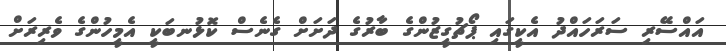
އައްސޭރި ސަރަހައްދު އެކީގައި ޕޯޗުގީޒުންގެ ބާރުގެ ދަށަށް ގެނެސް ކޮޅުނބަކީ އެމީހުންގެ ވެރިރަށް